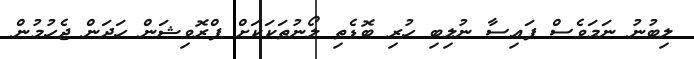
ލިބުނު ނަމަވެސް ފައިސާ ނުލިބި ހުރި ބޮޑެތި ލޯނުތަކަކަށް ޕްރޮވިޝަން ހަދަން ޖެހުމުން